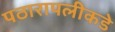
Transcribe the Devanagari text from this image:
पठारापलीकडे